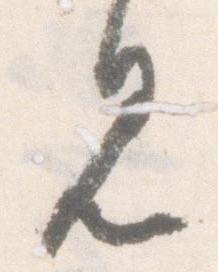
見